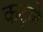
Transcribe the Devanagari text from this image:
कटूले